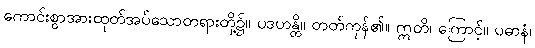
ကောင်းစွာအားထုတ်အပ်သောတရားတို့၌။ ပဒဟန္တိ။ တတ်ကုန်၏။ ဣတိ၊ ကြောင့်။ ပဓာနံ၊